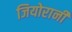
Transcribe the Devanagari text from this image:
जियोरानी